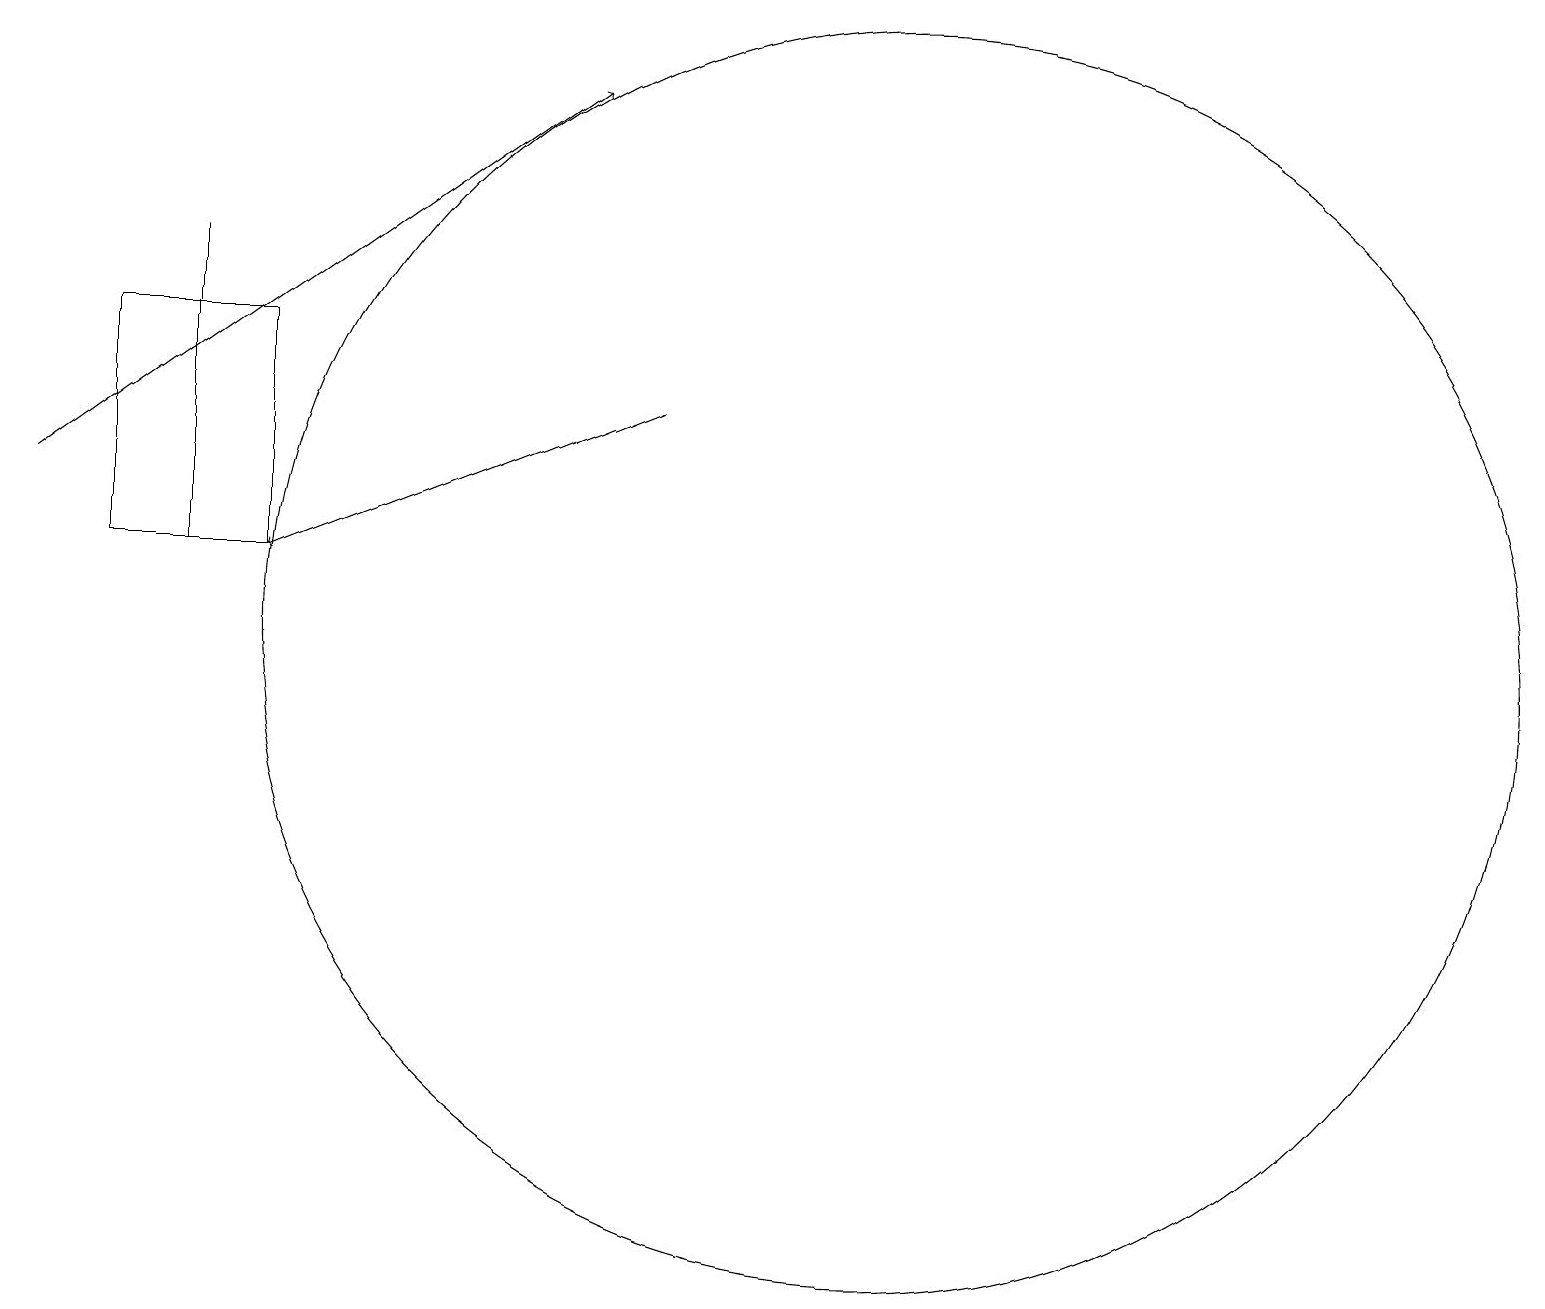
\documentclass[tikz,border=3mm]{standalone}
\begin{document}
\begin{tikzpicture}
\draw (12,12) circle (8);
\draw[->] (1,14) -- (8,19);
\draw[->] (9,15) -- (4,13);
\draw (3,17) rectangle (3,13);
\draw (4,16) rectangle (2,13);
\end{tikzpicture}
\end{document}